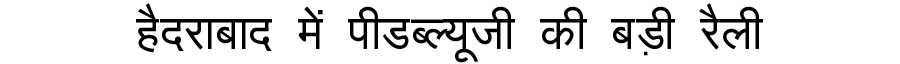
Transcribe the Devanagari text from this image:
हैदराबाद में पीडब्ल्यूजी की बड़ी रैली